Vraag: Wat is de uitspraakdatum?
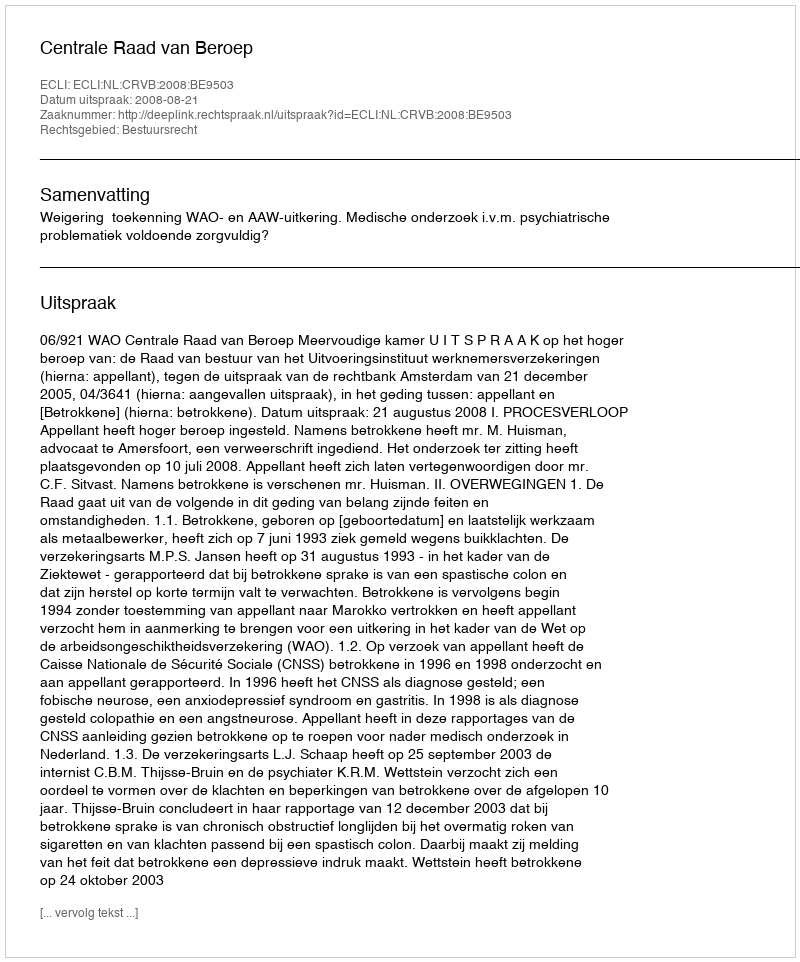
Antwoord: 2008-08-21